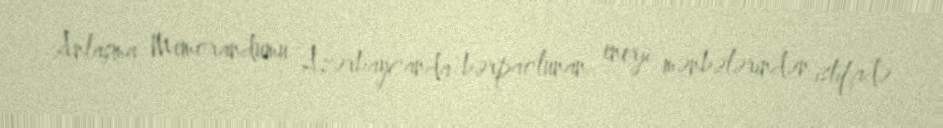
Anlaşma Memorandumu Azərbaycanda bərpaolunan enerji mənbələrindən istifadə